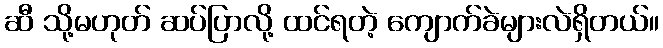
ဆီ သို့မဟုတ် ဆပ်ပြာလို့ ထင်ရတဲ့ ကျောက်ခဲများလဲရှိတယ်။